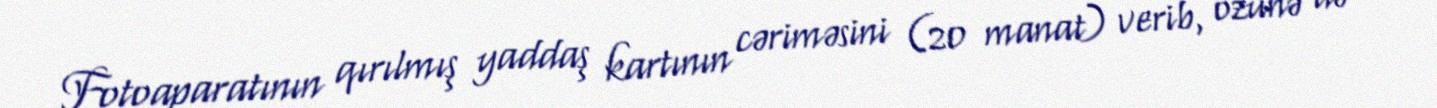
Fotoaparatının qırılmış yaddaş kartının cəriməsini (20 manat) verib, özünə də